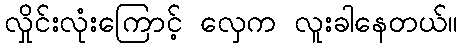
လှိုင်းလုံးကြောင့် လှေက လူးခါနေတယ်။